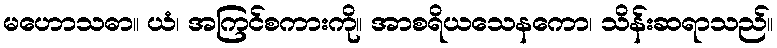
မဟောသဓာ။ ယံ၊ အကြင်စကားကို။ အာစရိယသေနကော၊ သိန်းဆရာသည်။